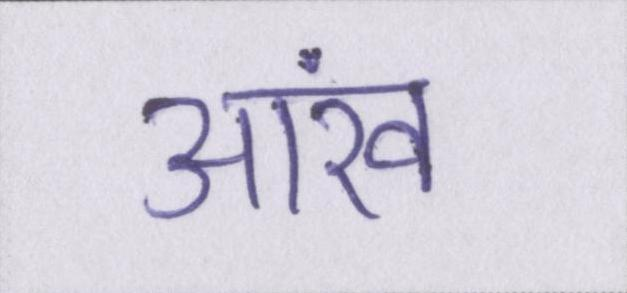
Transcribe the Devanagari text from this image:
आंख